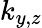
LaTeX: k_{y,z}